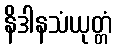
နိဒါနသံယုတ္တံ